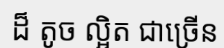
ដ៏ តូច ល្អិត ជាច្រើន